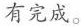
有完成。